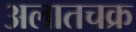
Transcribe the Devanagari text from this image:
अलातचक्र